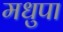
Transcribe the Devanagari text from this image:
मधुपा